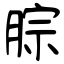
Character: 腙